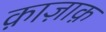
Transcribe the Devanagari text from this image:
क़ाज़ाक़